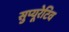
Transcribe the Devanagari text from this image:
सुप्यूरेटिव